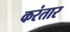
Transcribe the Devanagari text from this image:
करंतार